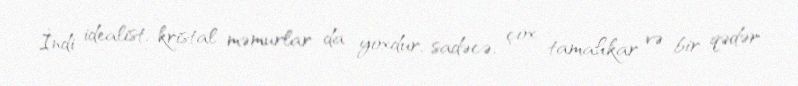
İndi idealist, kristal məmurlar da yoxdur, sadəcə, çox tamahkar və bir qədər